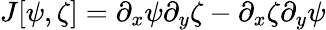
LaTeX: J[\psi,\zeta]=\partial_{x}\psi\partial_{y}\zeta-\partial_{x}\zeta\partial_{y}\psi